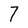
Character: 7